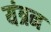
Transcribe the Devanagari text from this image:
यंत्रन